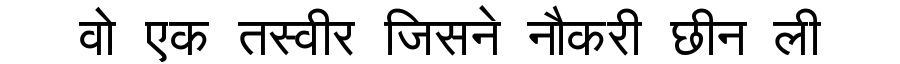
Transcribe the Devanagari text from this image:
वो एक तस्वीर जिसने नौकरी छीन ली